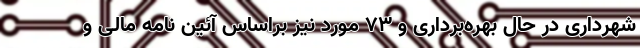
شهرداری در حال بهره‌برداری و ۷۳ مورد نیز براساس آئین نامه مالی و